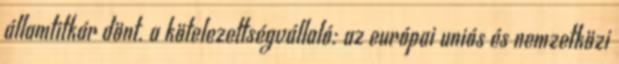
államtitkár dönt. a kötelezettségvállaló: az európai uniós és nemzetközi